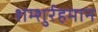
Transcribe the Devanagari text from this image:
शम्शुर्रहमान